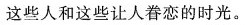
这些人和这些让人眷恋的时光。